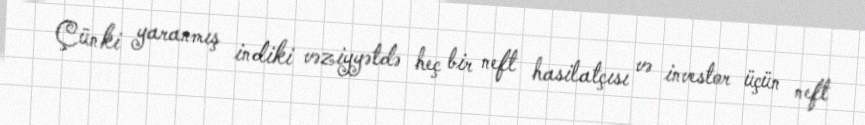
Çünki yaranmış indiki vəziyyətdə heç bir neft hasilatçısı və investor üçün neft